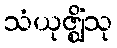
သံယုဇ္ဈိံသု